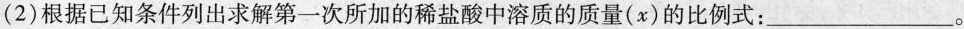
(2)根据已知条件列出求解第一次所加的稀盐酸中溶质的质量(x)的比例式：___。